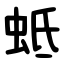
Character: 蚳